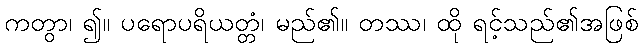
ကတွာ၊ ၍။ ပရောပရိယတ္တံ၊ မည်၏။ တဿ၊ ထို ရင့်သည်၏အဖြစ်